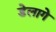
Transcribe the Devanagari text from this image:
डेलागे